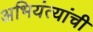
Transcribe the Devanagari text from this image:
अभियंत्यांची